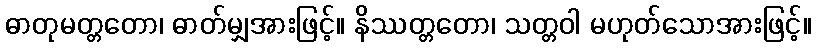
ဓာတုမတ္တတော၊ ဓာတ်မျှအားဖြင့်။ နိဿတ္တတော၊ သတ္တဝါ မဟုတ်သောအားဖြင့်။